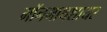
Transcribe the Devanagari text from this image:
मॉनमाथशायर